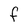
Character: F